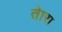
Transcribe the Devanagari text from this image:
तेारा